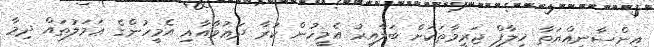
އިންސާނިއްޔަތާ ޚިލާފް ޖަރީމާތަކަށް ބަލާއިރު އެމީހުން ކުރާ ދަޢުވާއާއި އެމީހުންގެ ޢަމަލުތައް ދިމާ